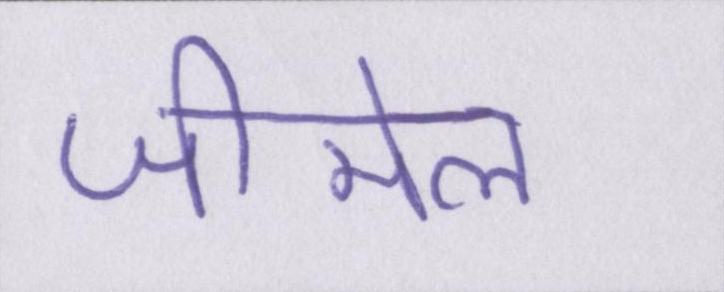
जीमेल